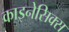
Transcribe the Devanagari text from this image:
काइनेसिक्स